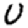
Digit: 0